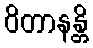
ဝိတာနန္တိ